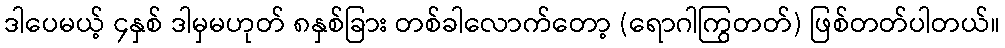
ဒါပေမယ့် ၄နှစ် ဒါမှမဟုတ် ၈နှစ်ခြား တစ်ခါလောက်တော့ (ရောဂါကြွတတ်) ဖြစ်တတ်ပါတယ်။